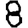
Digit: 8